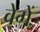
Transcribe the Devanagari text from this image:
वेगें